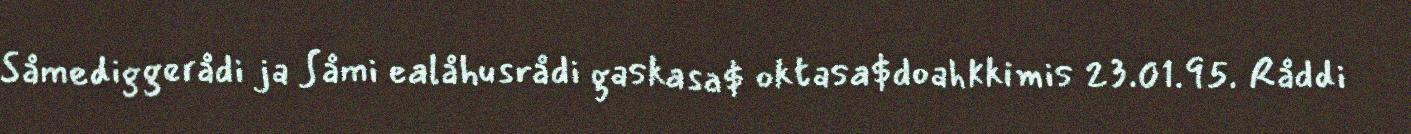
Såmediggerådi ja Såmi ealåhusrådi gaskasa$ oktasa$doahkkimis 23.01.95. Råddi